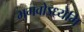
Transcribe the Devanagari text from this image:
भगवोऽध्येमि